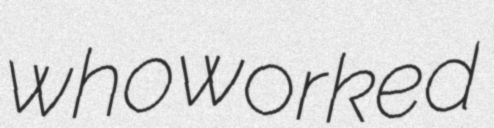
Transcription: who worked